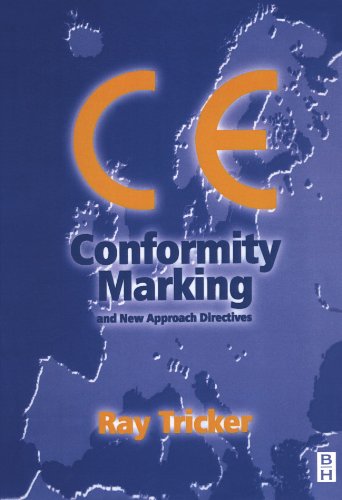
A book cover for CE Conformity Marking: and New Approach Directives; Ray Tricker (MSc  IEng  FIET  FCIM  FIQA  FIRSE); Business & Money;